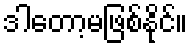
ဒါတော့မဖြစ်နိုင်။